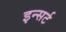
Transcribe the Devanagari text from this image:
इन्सर्ट